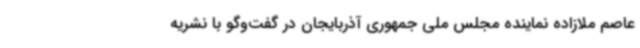
عاصم ملازاده نماینده مجلس ملی جمهوری آذربایجان در گفت‌وگو با نشریه